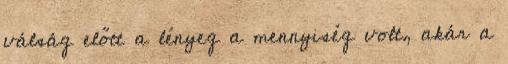
válság előtt a lényeg a mennyiség volt, akár a